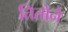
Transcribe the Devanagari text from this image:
तितोने